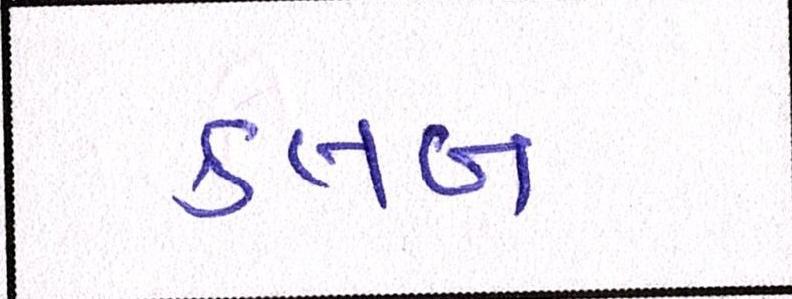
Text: ક્લબ